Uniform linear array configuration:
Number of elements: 4
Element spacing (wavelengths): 0.25
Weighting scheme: cosine
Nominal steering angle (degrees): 45
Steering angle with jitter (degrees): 46.369
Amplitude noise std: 0.05
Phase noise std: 0.05

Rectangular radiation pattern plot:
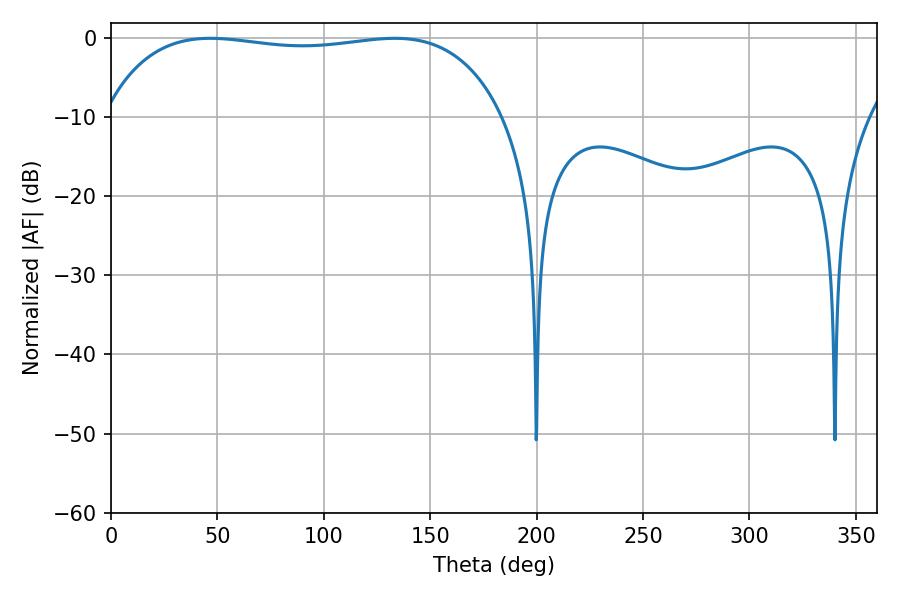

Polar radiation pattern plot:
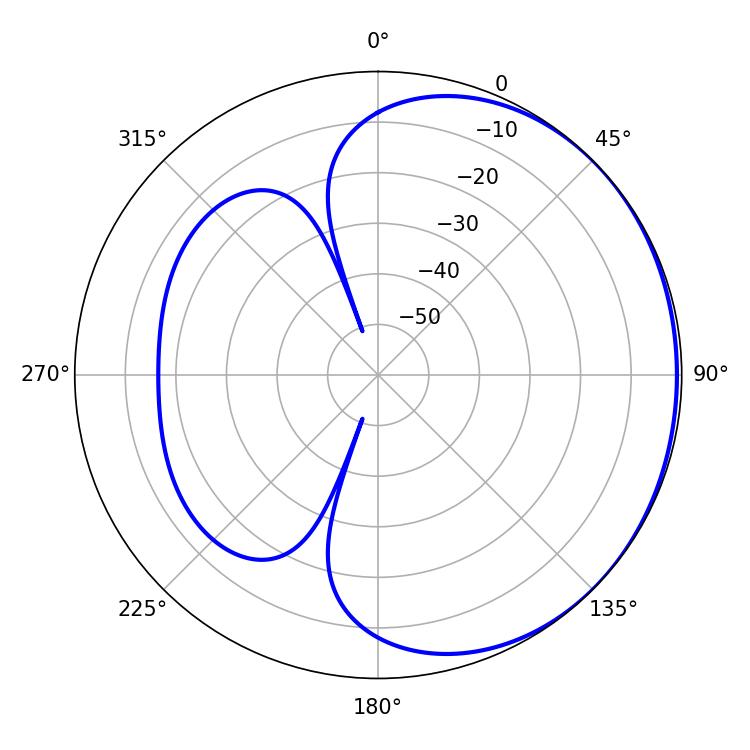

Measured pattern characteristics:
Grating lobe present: FALSE
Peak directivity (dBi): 0.7688
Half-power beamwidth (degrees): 150.48
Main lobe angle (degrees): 46.62